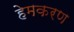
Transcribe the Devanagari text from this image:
हेमकरण